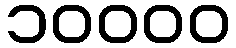
၁၀၀၀၀